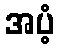
အပံ့